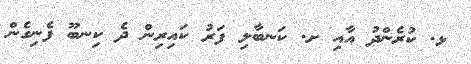
ޅ. ކުރެންދު އާއި ށ. ކަނބާލި ފަރު ކައިރިން ދެ ކިނބޫ ފެނިގެން